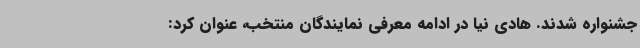
جشنواره شدند. هادی نیا در ادامه معرفی نمایندگان منتخب، عنوان کرد: